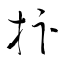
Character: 拚